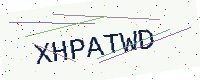
Text: XHPATWD